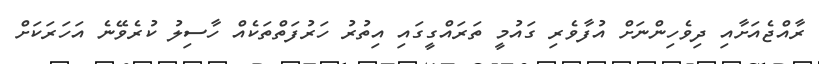
ރާއްޖެއަށާއި ދިވެހިންނަށް އުފާވެރި ގައުމީ ތަރައްގީގައި އިތުރު ހަރުފަތްތަކެއް ހާސިލު ކުރެވޭނެ އަހަރަކަށް